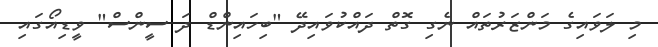
މި ލަވައިގެ މަންޒަރުތައް ނެގި ގޮތް ދައްކުވައިދޭ "ބިހައިންޑް ދަ ސީންސް" ވީޑިއޯގައި